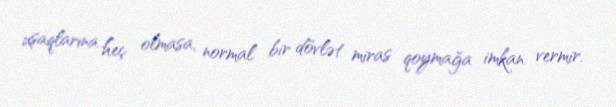
uşaqlarına heç olmasa, normal bir dövlət miras qoymağa imkan vermir.